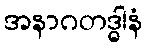
အနာဂတဒ္ဓါနံ